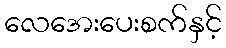
လေအေးပေးစက်နှင့်